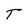
Character: T